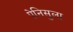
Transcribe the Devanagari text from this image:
पेनिसुला